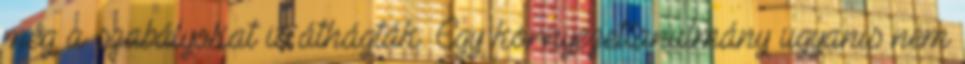
még a szabályokat is áthágták. Egy környezettanulmány ugyanis nem